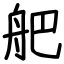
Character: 舥